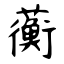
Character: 蘅